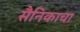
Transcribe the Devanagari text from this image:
सैनिकाचा